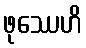
ဖုဿေဟိ